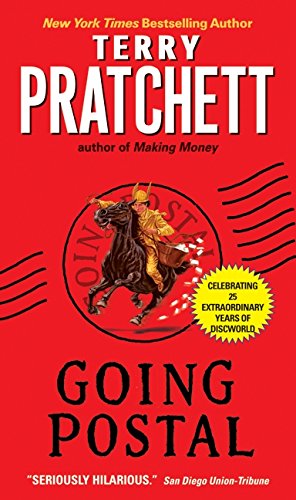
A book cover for Going Postal (Discworld); Terry Pratchett; Science Fiction & Fantasy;